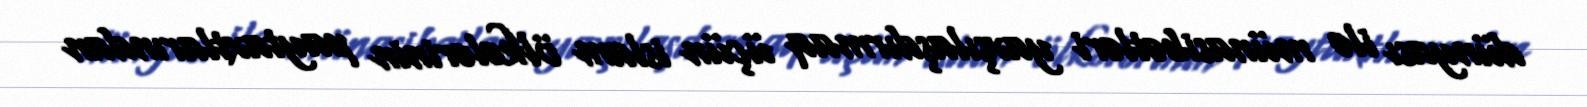
dünyası ilə münasibətləri yaxşılaşdırmaq üçün islam ölkələrinin paytaxtlarından